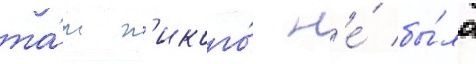
та́м н'икого́ н'е́ бы́ло